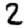
Digit: 2